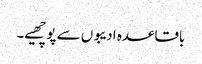
باقاعدہ ادیبوں سے پوچھیے۔